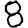
Digit: 8